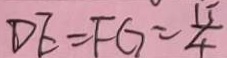
D E = F G = \frac { 1 5 } { 4 }